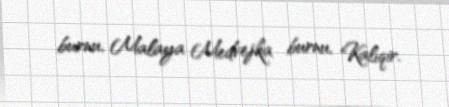
burnu, Malaya Medvejka burnu, Kalıqir.